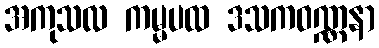
အကုသလ ကမ္မပထ ဒသကဝဏ္ဏနာ